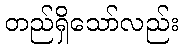
တည်ရှိသော်လည်း